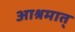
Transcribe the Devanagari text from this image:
आश्रमात्‌